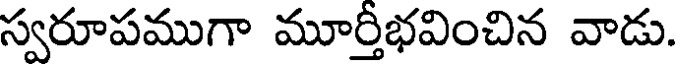
స్వరూపముగా మూర్తీభవించిన వాడు.